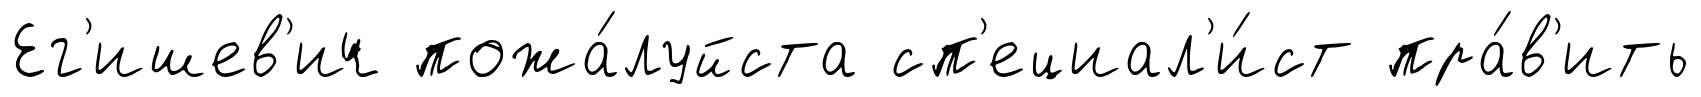
Ег'ишев'ич пожа́луйста сп'ециал'и́ст пра́в'ить